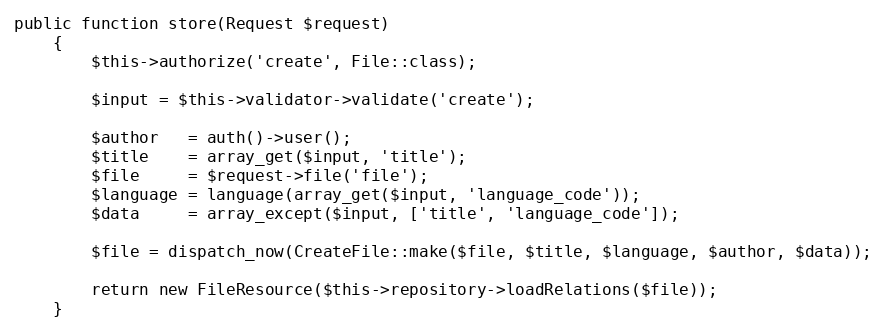
Language: PHP
public function store(Request $request)
    {
        $this->authorize('create', File::class);

        $input = $this->validator->validate('create');

        $author   = auth()->user();
        $title    = array_get($input, 'title');
        $file     = $request->file('file');
        $language = language(array_get($input, 'language_code'));
        $data     = array_except($input, ['title', 'language_code']);

        $file = dispatch_now(CreateFile::make($file, $title, $language, $author, $data));

        return new FileResource($this->repository->loadRelations($file));
    }